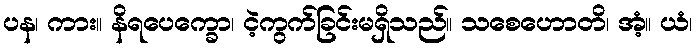
ပန၊ ကား။ နိရပေက္ခော၊ ငဲ့ကွက်ခြင်းမရှိသည်။ သစေဟောတိ၊ အံ့။ ယံ၊